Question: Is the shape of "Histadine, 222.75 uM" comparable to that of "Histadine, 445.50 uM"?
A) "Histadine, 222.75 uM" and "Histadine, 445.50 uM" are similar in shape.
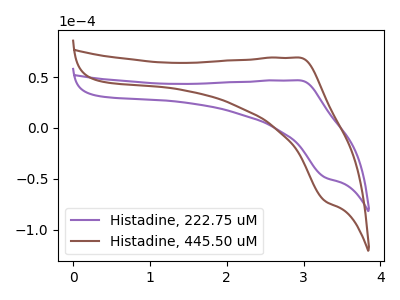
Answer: <think>The purple curve "Histadine, 222.75 uM" has an anodic peak at (2.95V, 46.75uA) and a cathodic peak at (3.30V, -48.55uA). The brown curve "Histadine, 445.50 uM" has an anodic peak at (2.95V, 69.10uA) and a cathodic peak at (3.30V, -71.70uA).
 All the peaks in "Histadine, 222.75 uM" have a peak in "Histadine, 445.50 uM" at the same potential. Every peak in "Histadine, 222.75 uM" is lower than every peak in "Histadine, 445.50 uM".</think>
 <answer>A) "Histadine, 222.75 uM" and "Histadine, 445.50 uM" are similar in shape.</answer>
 <eval>A</eval>